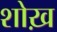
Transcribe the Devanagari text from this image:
शोख़